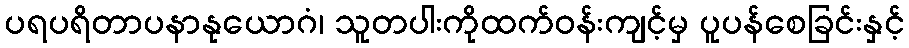
ပရပရိတာပနာနုယောဂံ၊ သူတပါးကိုထက်ဝန်းကျင့်မှ ပူပန်စေခြင်းနှင့်